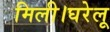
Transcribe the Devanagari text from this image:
मिली।घरेलू